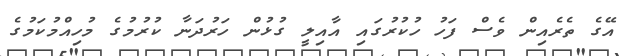
އޭގެ ތެރެއިން ވެސް ފަހު ހުކުރުގައި އާއިލީ ގުޅުން ހަރުދަނާ ކުރުމުގެ މުހިއްމުކަމުގެ